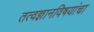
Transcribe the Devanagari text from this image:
तत्वज्ञानविषयांचा